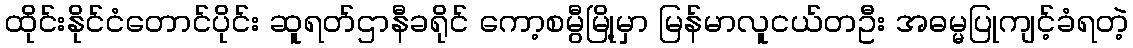
ထိုင်းနိုင်ငံတောင်ပိုင်း ဆူရတ်ဌာနီခရိုင် ကော့စမွီမြို့မှာ မြန်မာလူငယ်တဦး အဓမ္မပြုကျင့်ခံရတဲ့